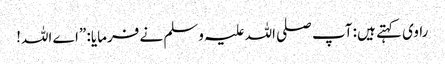
راوی کہتے ہیں: آپ صلی اللہ علیہ وسلم نے فرمایا: ”اے اللہ!